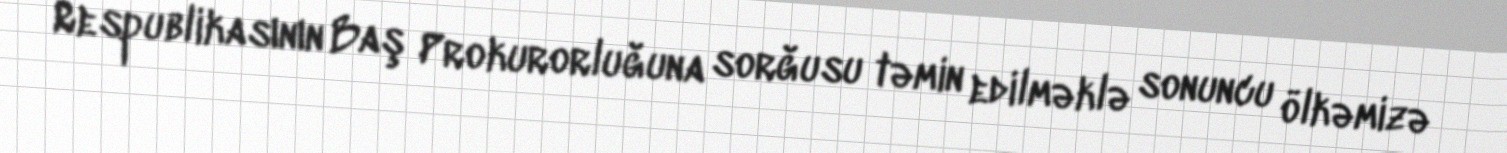
Respublikasının Baş Prokurorluğuna sorğusu təmin edilməklə sonuncu ölkəmizə